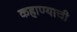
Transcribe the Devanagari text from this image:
कहाण्याची